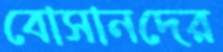
বোসানদের